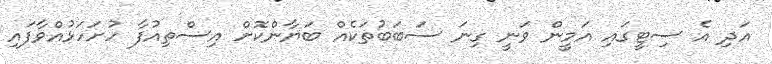
އަދި އެ ސިޓީގައި އަމީން ވަނީ ގިނަ ސަބަބުތަކެއް ބަޔާންކޮށް އިސްތިއުފާ ހުށަހަޅުއްވާފައި